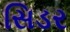
સિડર